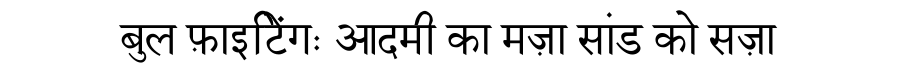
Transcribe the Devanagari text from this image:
बुल फ़ाइटिेंगः आदमी का मज़ा सांड को सज़ा